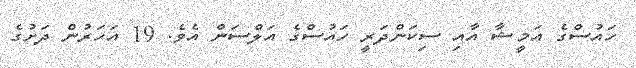
ހައުސްގެ އަމީޝާ އާއި ސިކަންދަރީ ހައުސްގެ އަލްސަން އެވެ. 19 އަހަރުން ދަށުގެ